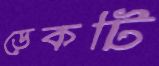
ডেকটি